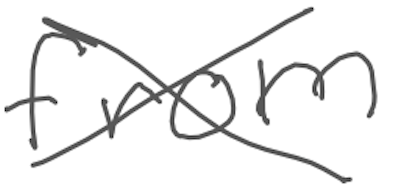
Text: from
Cross-out: cross
Writing tool: digital_gray